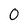
Character: 0